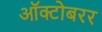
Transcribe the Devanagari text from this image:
ऑक्टोबरर